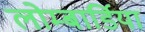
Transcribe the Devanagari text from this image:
लोम्बार्डिया